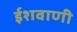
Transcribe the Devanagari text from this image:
ईशवाणी